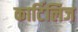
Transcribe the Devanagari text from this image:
कार्टिलिज